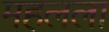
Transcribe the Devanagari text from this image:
महलला